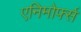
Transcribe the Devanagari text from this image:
एनिमोर्फ्स